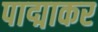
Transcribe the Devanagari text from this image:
पाद्माकर